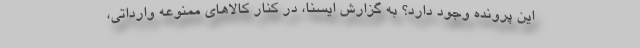
این پرونده وجود دارد؟ به گزارش ایسنا، در کنار کالاهای ممنوعه وارداتی،